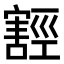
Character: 𭔛